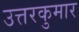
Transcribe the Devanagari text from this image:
उत्तरकुमार